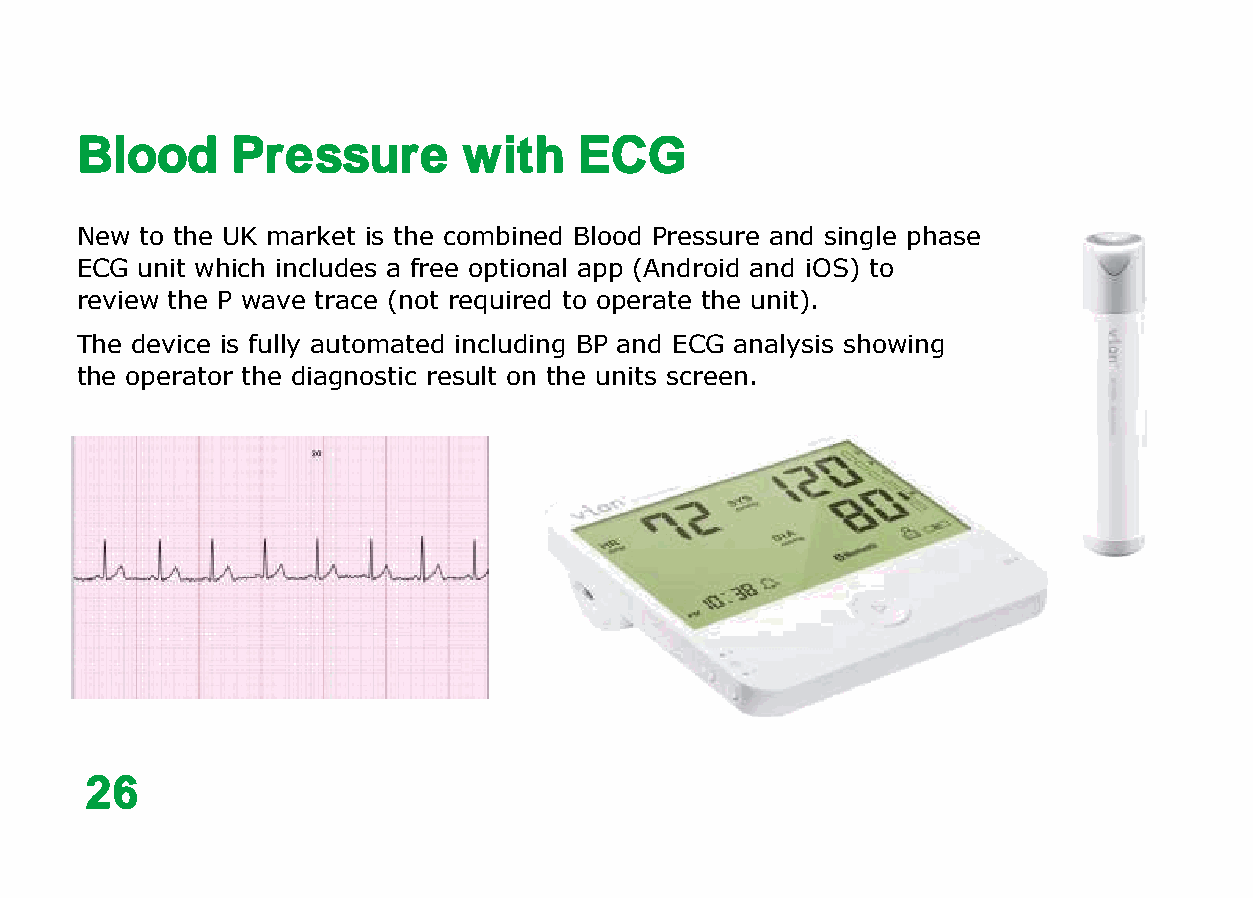
Blood     Pressure        with   ECG
 New to the UK market is the combined Blood Pressure and single phase
 ECG unit which includes a free optional app (Android and iOS) to
 review the P wave trace (not required to operate the unit).
 The device is fully automated including BP and ECG analysis showing
 the operator the diagnostic result on the units screen.
 26